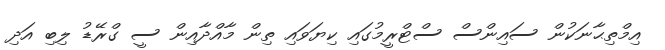
އިމްތިޙާނަކުން ސައިންސް ސްޓްރީމުގައި ކިޔަވައި ތިން މާއްދާއިން ސީ ގްރޭޑު ލިބި އަދި